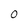
Character: 0